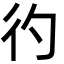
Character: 彴